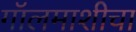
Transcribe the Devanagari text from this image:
गॉलमाशीचा